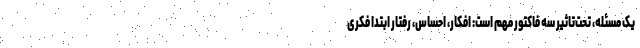
یک مسئله، تحت‌تاثیر سه فاکتور مهم است: افکار، احساس، رفتار ابتدا فکری